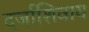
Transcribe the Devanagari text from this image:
दर्जाशिवाय